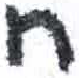
אות: ח